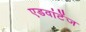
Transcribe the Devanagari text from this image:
एडवांटेंज